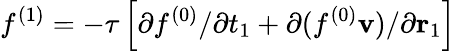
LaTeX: {f^{(1)}}=-\tau\left[{\partial{f^{(0)}}/\partial{t_{1}}+\partial({f^{(0)}}{\mathbf{v}})/\partial{{\mathbf{r}}_{1}}}\right]